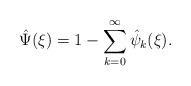
LaTeX: \begin{align*}\hat{\Psi}(\xi)=1-\sum_{k=0}^\infty \hat{\psi}_k(\xi).\end{align*}